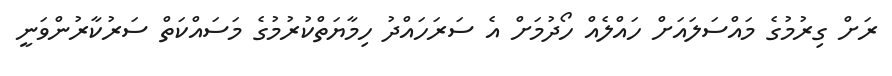
ރަށް ގިރުމުގެ މައްސަލައަށް ހައްލެއް ހޯދުމަށް އެ ސަރަހައްދު ހިމާޔަތްކުރުމުގެ މަސައްކަތް ސަރުކާރުންވަނީ